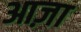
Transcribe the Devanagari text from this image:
आज़ा